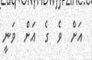
އަށް  ވެ  ގެ  އަށް  ވަނީ